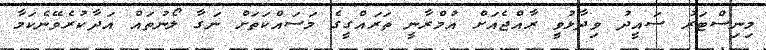
މިނިސްޓަރު ސައީދު ވިދާޅުވީ ރާއްޖެއަށް އުމްރާނީ ތަރައްގީގެ މަސައްކަތަށް ނަގާ ލޯނުތައް އަދާކުރެވޭނެކަމާ